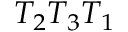
T _ { 2 } T _ { 3 } T _ { 1 }